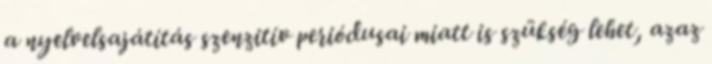
a nyelvelsajátítás szenzitív periódusai miatt is szükség lehet, azaz